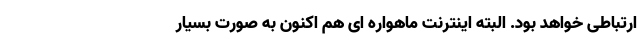
ارتباطی خواهد بود. البته اینترنت ماهواره ای هم اکنون به صورت بسیار